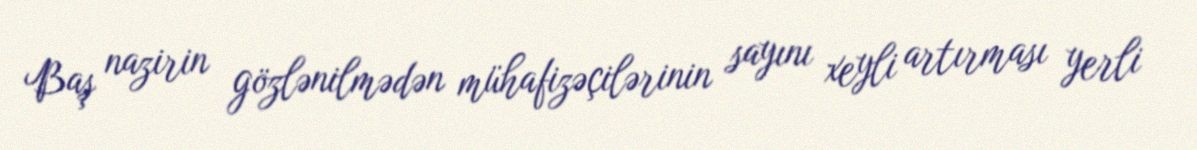
Baş nazirin gözlənilmədən mühafizəçilərinin sayını xeyli artırması yerli